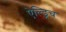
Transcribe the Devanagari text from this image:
ऐल्ड्रिच